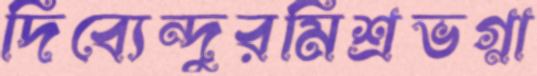
দিব্যেন্দুরমিশ্রভগ্না